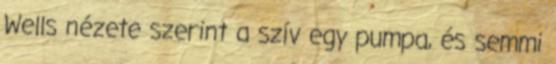
Wells nézete szerint a szív egy pumpa, és semmi